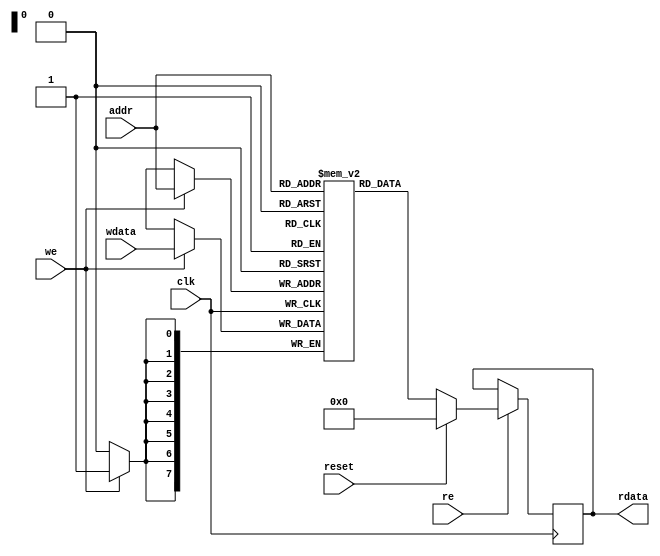
// expect-wr-ports 1
// expect-rd-ports 1
// expect-no-rd-clk

module top(input clk, input we, re, reset, input [7:0] addr, wdata, output reg [7:0] rdata);

reg [7:0] bram[0:255];
(* keep *) reg dummy;

always @(posedge clk) begin
	rdata <= re ? (reset ? 8'b0 : bram[addr]) : rdata;
	if (we)
		bram[addr] <= wdata;
end

endmodule